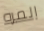
المره